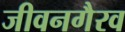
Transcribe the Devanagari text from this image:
जीवनगैरव